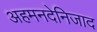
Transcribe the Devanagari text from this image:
अहमनदेनिजाद